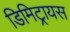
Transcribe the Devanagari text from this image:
डिमिट्रायस